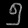
Digit: ၅